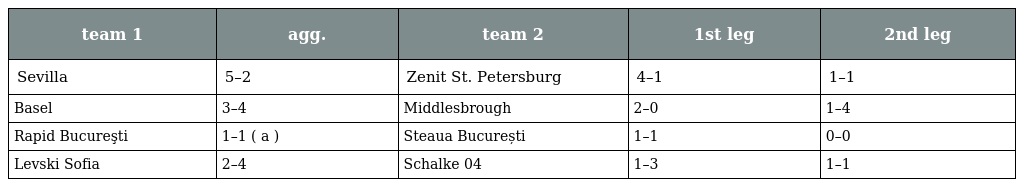
| team 1 | agg. | team 2 | 1st leg | 2nd leg |
 | --- | --- | --- | --- | --- |
 | Sevilla | 5–2 | Zenit St. Petersburg | 4–1 | 1–1 |
 | Basel | 3–4 | Middlesbrough | 2–0 | 1–4 |
 | Rapid Bucureşti | 1–1 ( a ) | Steaua București | 1–1 | 0–0 |
 | Levski Sofia | 2–4 | Schalke 04 | 1–3 | 1–1 |